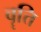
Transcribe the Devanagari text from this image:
वॄत्ति